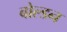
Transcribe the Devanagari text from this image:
बोल्डन